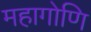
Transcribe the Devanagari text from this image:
महागोणि